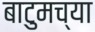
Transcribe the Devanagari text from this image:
बाटुमच्या